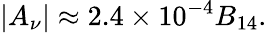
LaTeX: |A_{\nu}|\approx 2.4\times 10^{-4}B_{14}.